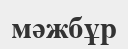
мәжбұр